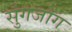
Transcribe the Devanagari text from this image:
सुंगजोंग